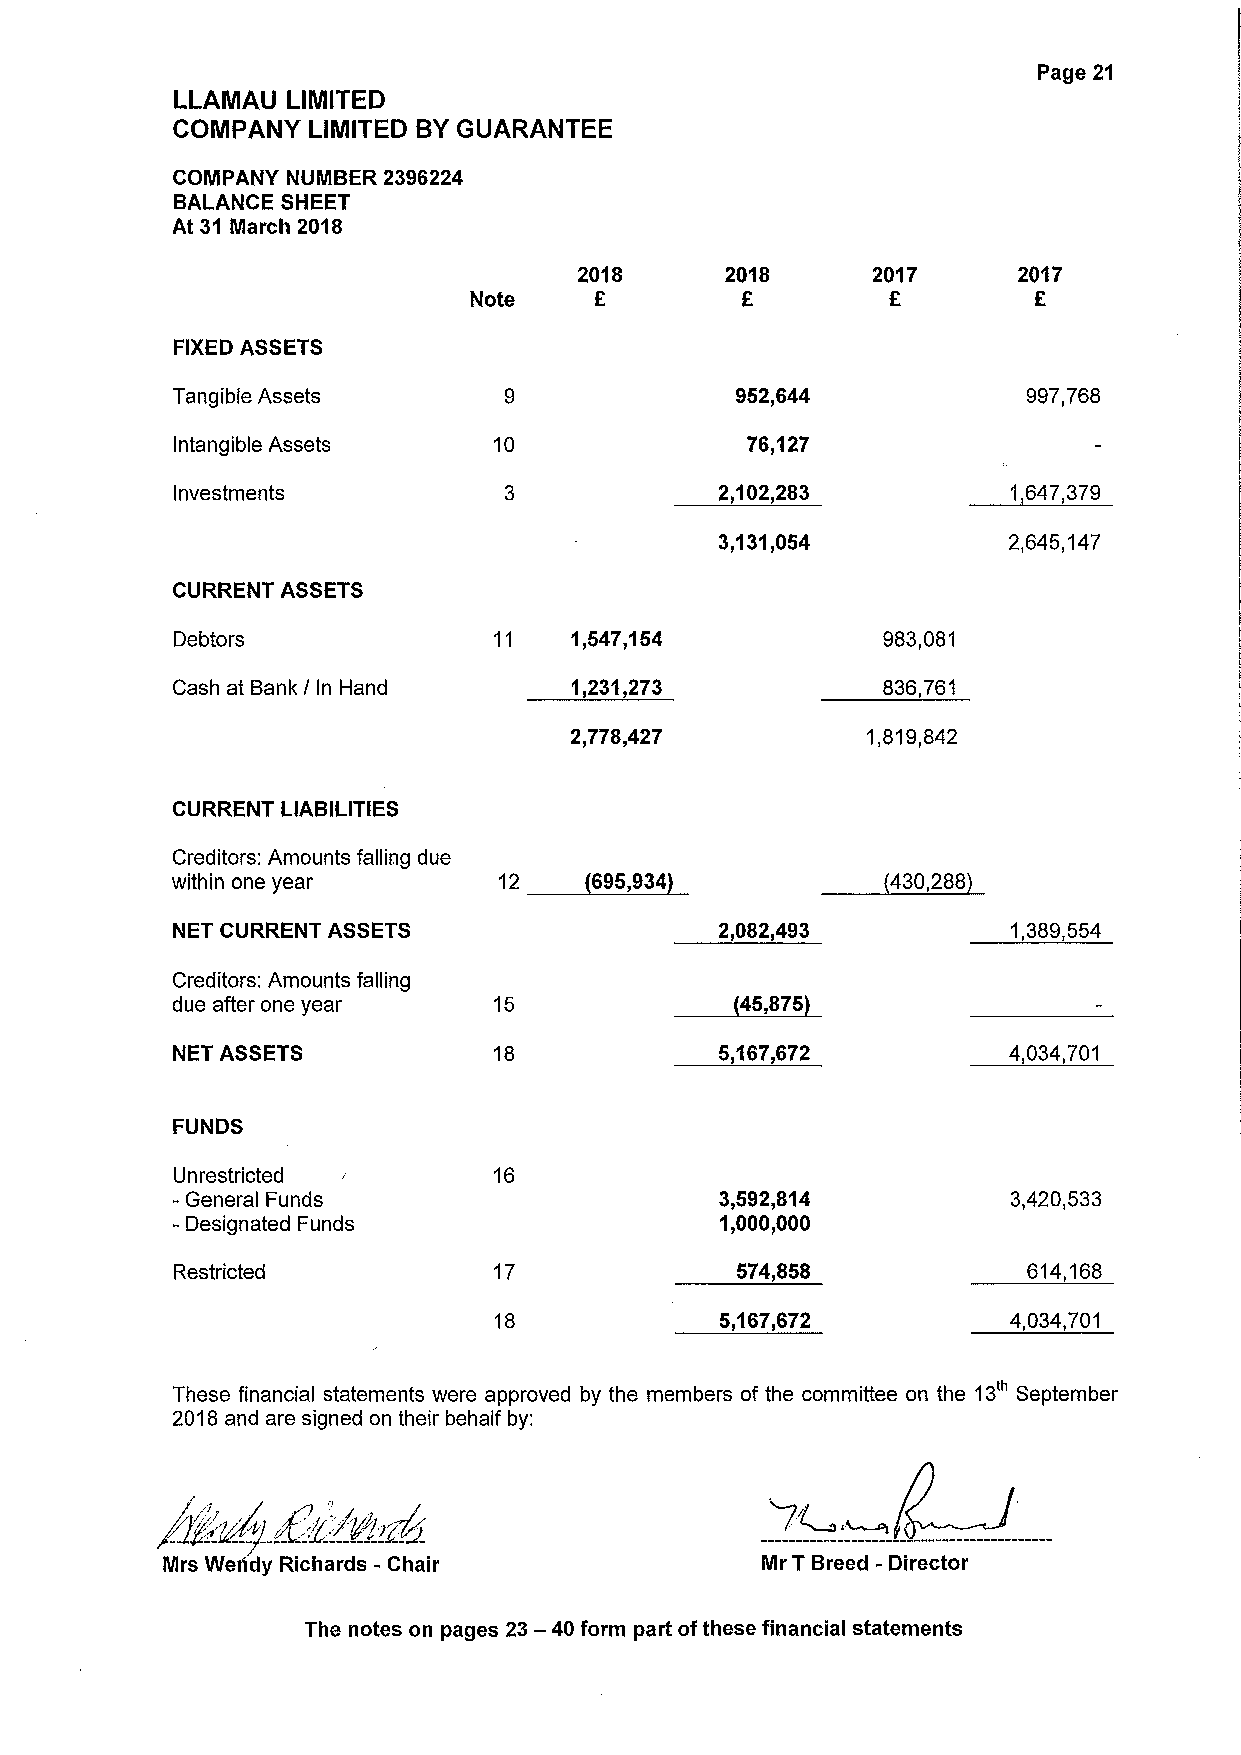
Page 21
 LLAMAU LIMITED
 COMPANY  LIMITED BYGUARANTEE
 COMPANY NUINBER 2396224
 BALANCE SHEET
 At 31 March 2018
 2018      2018      2017     2017
 Note    E         E                  F
 FIXED ASSETS
 Tangible Assets                       952,644            997,768
 Intangible Assets     10              76,127
 Investments                          2,102,283          1 647,379
 3,131,054          2,645,147
 CURRENT ASSETS
 Debtors               11   1„5471,54           983,081
 Cash at Bank / In Hand     1 231 273           836 761
 2,778,427          1,819,842
 CURRENT LIABILITIES
 Creditors: Amounts falling due
 within one year       12    695„934             430,288
 NET CURRENT ASSETS                   2,082,493          1,389,554
 Creditors: Amounts falling
 due after one year    15              45,875
 NET ASSETS            18             5,167,672          4 034,701
 FUNDS
 Unrestricted          16
 -General Funds                       3,592,814          3,420,533
 - Designated Funds                   1,000,000
 Restricted            17              574,858            614,168
 18             5,167,672          4,034,701
 These financial statements were approved by the members of the committee on the 13' September
 2018and are signed on their behalf by:
 Nlrs Wendy Richards -Chair             Mr TBreed - Director
 The notes on pages 23—40 form part ofthese financial statements